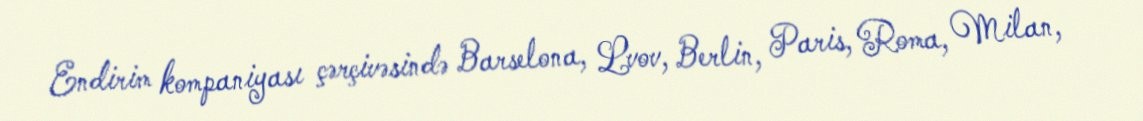
Endirim kompaniyası çərçivəsində Barselona, Lvov, Berlin, Paris, Roma, Milan,